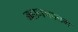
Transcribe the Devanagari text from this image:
महाभगवतम